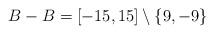
LaTeX: \begin{align*}B - B = [-15,15] \setminus \{ 9, -9 \}\end{align*}